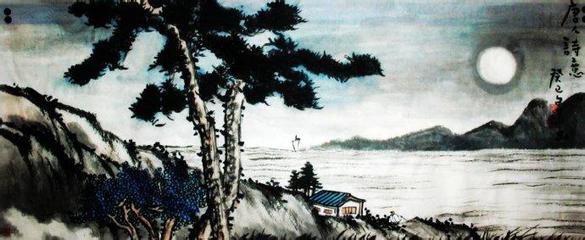
星垂平野阔，月涌大江流。